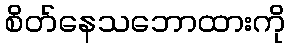
စိတ်နေသဘောထားကို